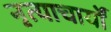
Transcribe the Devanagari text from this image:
नृत्याचार्यों